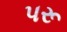
પરૂ